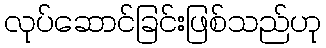
လုပ်ဆောင်ခြင်းဖြစ်သည်ဟု